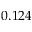
0 . 1 2 4